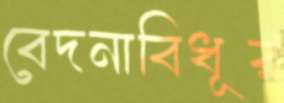
বেদনাবিধূর